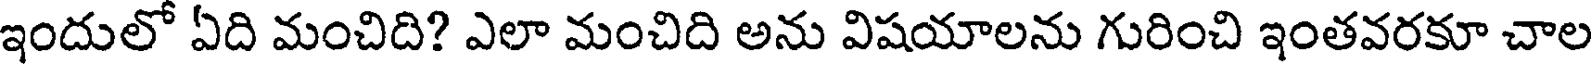
ఇందులో ఏది మంచిది? ఎలా మంచిది అను విషయాలను గురించి ఇంతవరకూ చాల